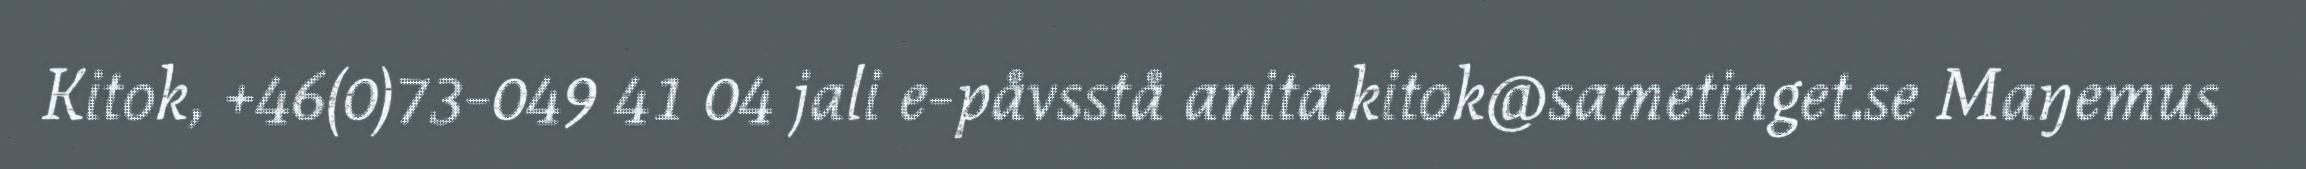
Kitok, +46(0)73-049 41 04 jali e-påvsstå anita.kitok@sametinget.se Maŋemus